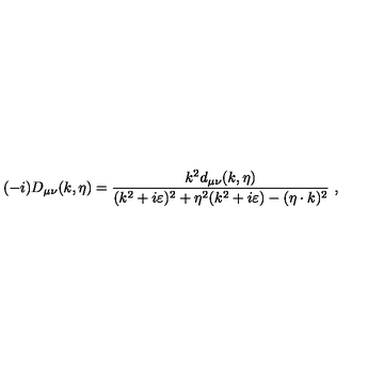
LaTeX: ( - i ) D _ { \mu \nu } ( k , \eta ) = { \frac { k ^ { 2 } d _ { \mu \nu } ( k , \eta ) } { ( k ^ { 2 } + i \varepsilon ) ^ { 2 } + \eta ^ { 2 } ( k ^ { 2 } + i \varepsilon ) - ( \eta \cdot k ) ^ { 2 } } } \ ,